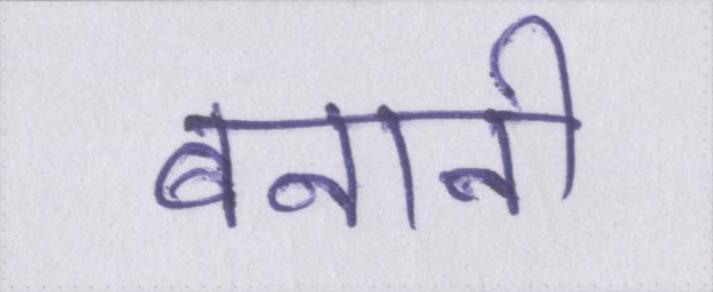
बनानी